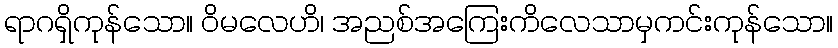
ရာဂရှိကုန်သော။ ဝိမလေဟိ၊ အညစ်အကြေးကိလေသာမှကင်းကုန်သော။